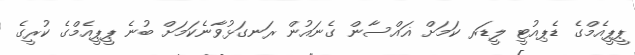
ޕީޕީއެމްގެ ޑެޕިއުޓީ ލީޑަރ ކަމަށް ޣައްސާން ގެނައުން ރަނގަޅުވާނެކަމަށް ބުނެ ޕީޕީއެމްގެ ކުރީގެ